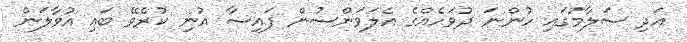
އަދި ސަލާމުގައި ހުންނަ ދުވަހެއްގެ އެލަވަންސުން ފައިސާ އުނި ކުރެވޭ ބައި އުވާލަން